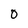
Character: 0